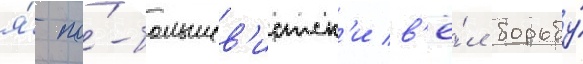
я́ по́-большев'истск'и в'ё́л борьбу́